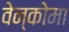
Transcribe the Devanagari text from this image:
वेन्कोमा